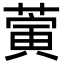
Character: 蔩